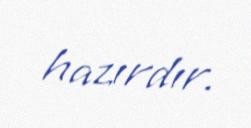
hazırdır.